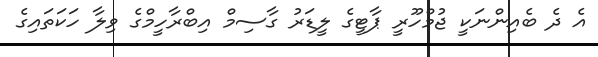
އެ ދެ ބެއިންނަކީ ޖުމްހޫރީ ޕާޓީގެ ލީޑަރު ގާސިމް އިބްރާހީމްގެ ވިލާ ހަކަތައިގެ